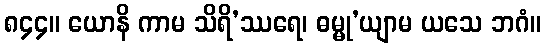
၈၄၄။ ယောနိ ကာမ သိရိ’ဿရေ၊ ဓမ္မု’ယျာမ ယသေ ဘဂံ။